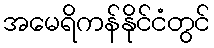
အမေရိကန်နိုင်ငံတွင်